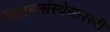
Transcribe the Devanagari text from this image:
शिक्षणसंस्थेसारखी